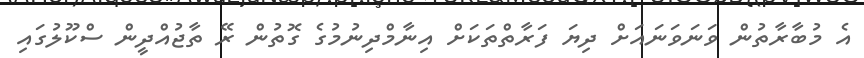
އެ މުބާރާތުން ވަނަވަނައަށް ދިޔަ ފަރާތްތަކަށް އިނާމްދިނުމުގެ ގޮތުން ރޭ ތާޖުއްދީން ސްކޫލުގައި